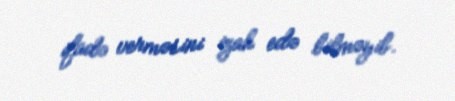
ifadə verməsini izah edə bilməyib.